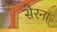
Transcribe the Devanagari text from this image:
सेरना